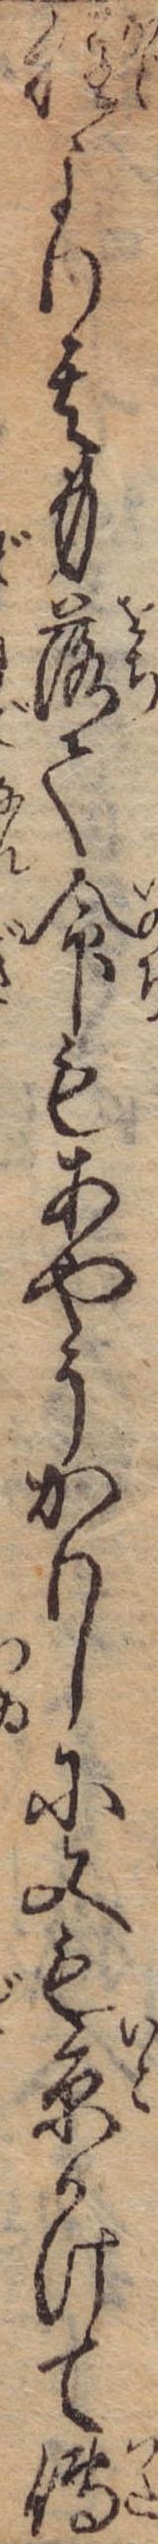
程より其身落て命もあやうかりしに又も糸かけて伝